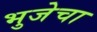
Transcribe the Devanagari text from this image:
भुजेचा